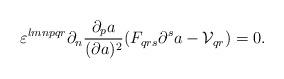
LaTeX: \begin{align*}\varepsilon^{lmnpqr}\partial_n{{\partial_pa}\over{(\partial a)^2}}(F_{qrs}\partial^sa-{\cal V}_{qr})=0.\end{align*}